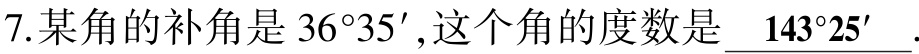
7. 某角的补角是 \(36^{\circ}35'\) , 这个角的度数是 \(\underline{143^{\circ}25'}\) .